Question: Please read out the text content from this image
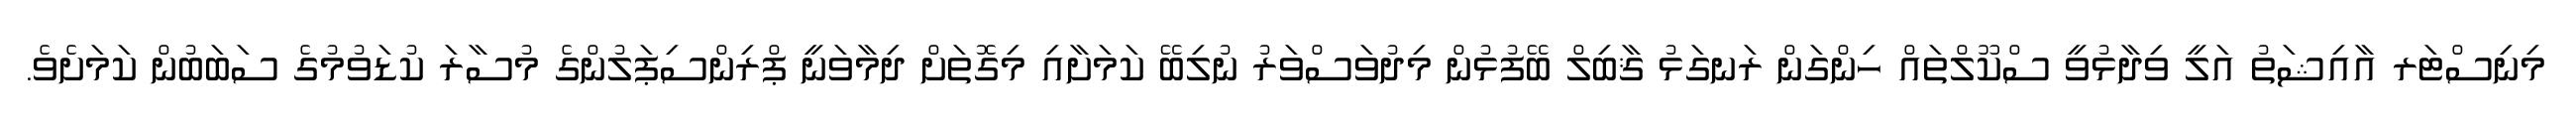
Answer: މިނިސްޓަރ އާއިޝަތު އަލީ ވިދާޅުވީ ސްކޫލްތައް ހިންގަން ރަނގަޅު ޤާބިލް ބޭފުޅުން މިދުވަސްވަރު ނުލިބޭ ކަމަށާއި މިގޮތަށް ދިމާވަނީ ޕްރިންސިޕަލުންގެ މުސާރަ ކުޑަވުމުގެ ސަބަބުން ކަމަށެވެ.